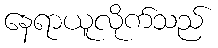
နေရာယူလိုက်သည်